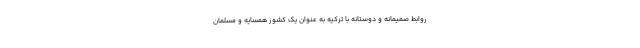
روابط صمیمانه و دوستانه با ترکیه به عنوان یک کشور همسایه و مسلمان